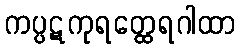
ကပ္ပဋကုရတ္ထေရဂါထာ